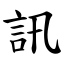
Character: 訊